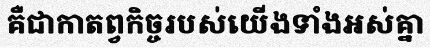
គឺជាកាតព្វកិច្ចរបស់យើងទាំងអស់គ្នា